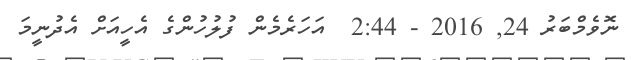
ނޮވެމްބަރު 24